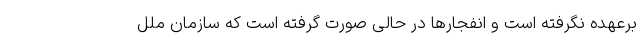
برعهده نگرفته است و انفجارها در حالی صورت گرفته است که سازمان ملل